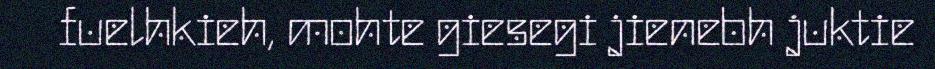
fuelhkieh, mohte giesegi jienebh juktie